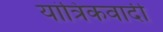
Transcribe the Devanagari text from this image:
यांत्रिकवादी